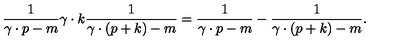
\frac { 1 } { \gamma \cdot p - m } \gamma \cdot k \frac { 1 } { \gamma \cdot ( p + k ) - m } = \frac { 1 } { \gamma \cdot p - m } - \frac { 1 } { \gamma \cdot ( p + k ) - m } .